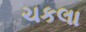
ચકલા